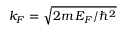
k _ { F } = \sqrt { 2 m \, E _ { F } / \hbar ^ { 2 } }